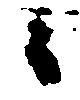
々